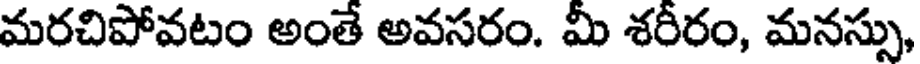
మరచిపోవటం అంతే అవసరం. మీ శరీరం, మనస్సు,